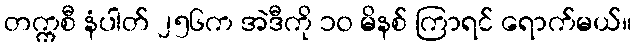
တက္ကစီ နံပါတ် ၂၅၆က အဲဒီကို ၁၀ မိနစ် ကြာရင် ရောက်မယ်။